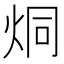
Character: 烔